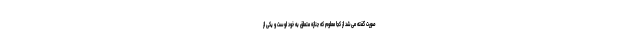
صورت گفته می‌شد از کجا معلوم که جنازه متعلق به خود اوست و یکی از